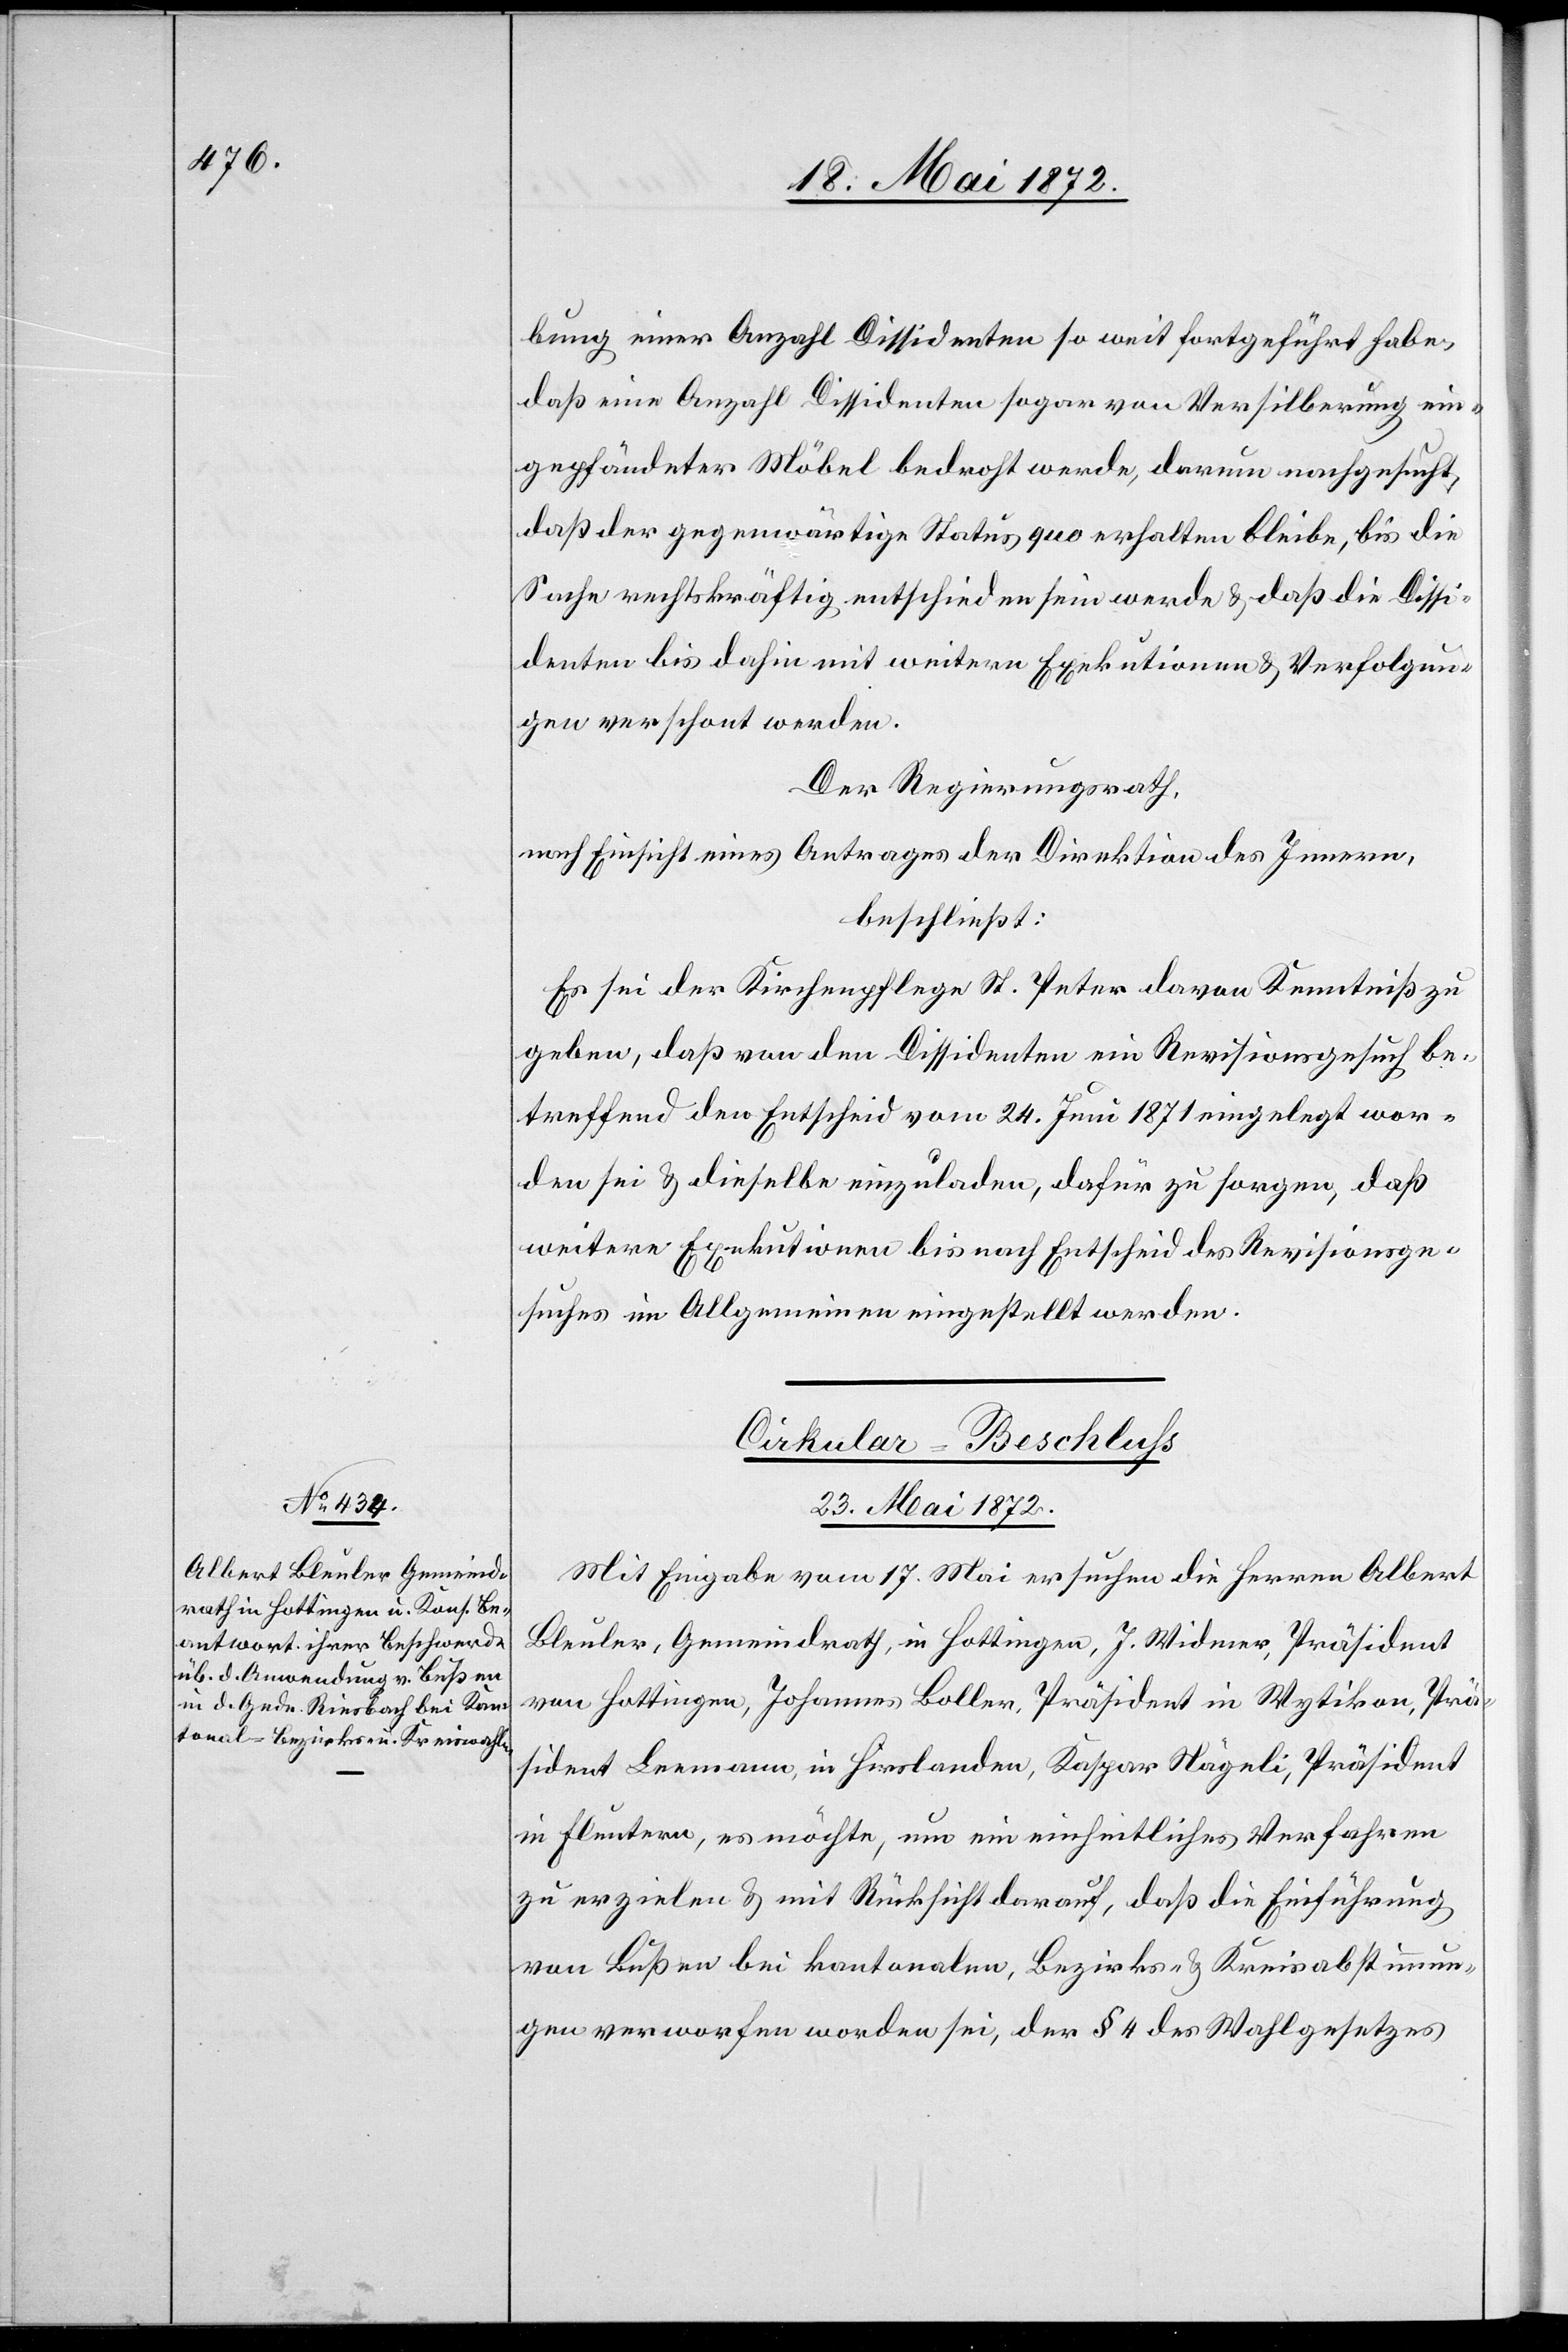
bung einer Anzahl Dissidenten so weit fortgeführt habe,
daß eine Anzahl Dissidenten sogar von Versilberung ein¬
gepfändeter Möbel bedroht werde, darum nachgesucht,
daß der gegenwärtige Status quo erhalten bleibe, bis die
Sache rechtskräftig entschieden sein werde u. daß die Dissi¬
denten bis dahin mit weitern Exekutionen u. Verfolgun¬
gen verschont werden.
Der Regierungsrath,
nach Einsicht eines Antrages der Direktion des Innern,
beschließt:
Es sei der Kirchenpflege St. Peter davon Kenntniß zu
geben, daß von den Dissidenten ein Revisionsgesuch be¬
treffend den Entscheid vom 24. Juni 1871 eingelegt wor¬
den sei u. dieselbe einzuladen, dafür zu sorgen, daß
weitere Exekutionen bis nach Entscheid des Revisionsge¬
suches im Allgemeinen eingestellt werden.
Cirkular-Beschluss
23. Mai 1872.
Mit Eingabe vom 17. Mai ersuchen die Herren Albert
Bleuler, Gemeindrath, in Hottingen, J. Widmer, Präsident
von Hottingen, Johannes Boller, Präsident in Wytikon, Prä¬
sident Leemann, in Hirslanden, Kaspar Nägeli, Präsident
in Fluntern, es möchte, um ein einheitliches Verfahren
zu erzielen u. mit Rücksicht darauf, daß die Einführung
von Bußen bei kantonalen, Bezirks- u. Kreisabstimmun¬
gen verworfen worden sei, der § 4 des Wahlgesetzes